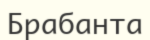
Брабанта